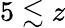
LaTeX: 5\lesssim z